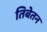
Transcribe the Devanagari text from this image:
तिबेतन